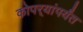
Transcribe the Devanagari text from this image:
कोपर्‍यांपर्यंत